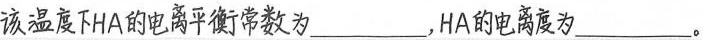
##平衡常数为___，HA的电离度为___。##